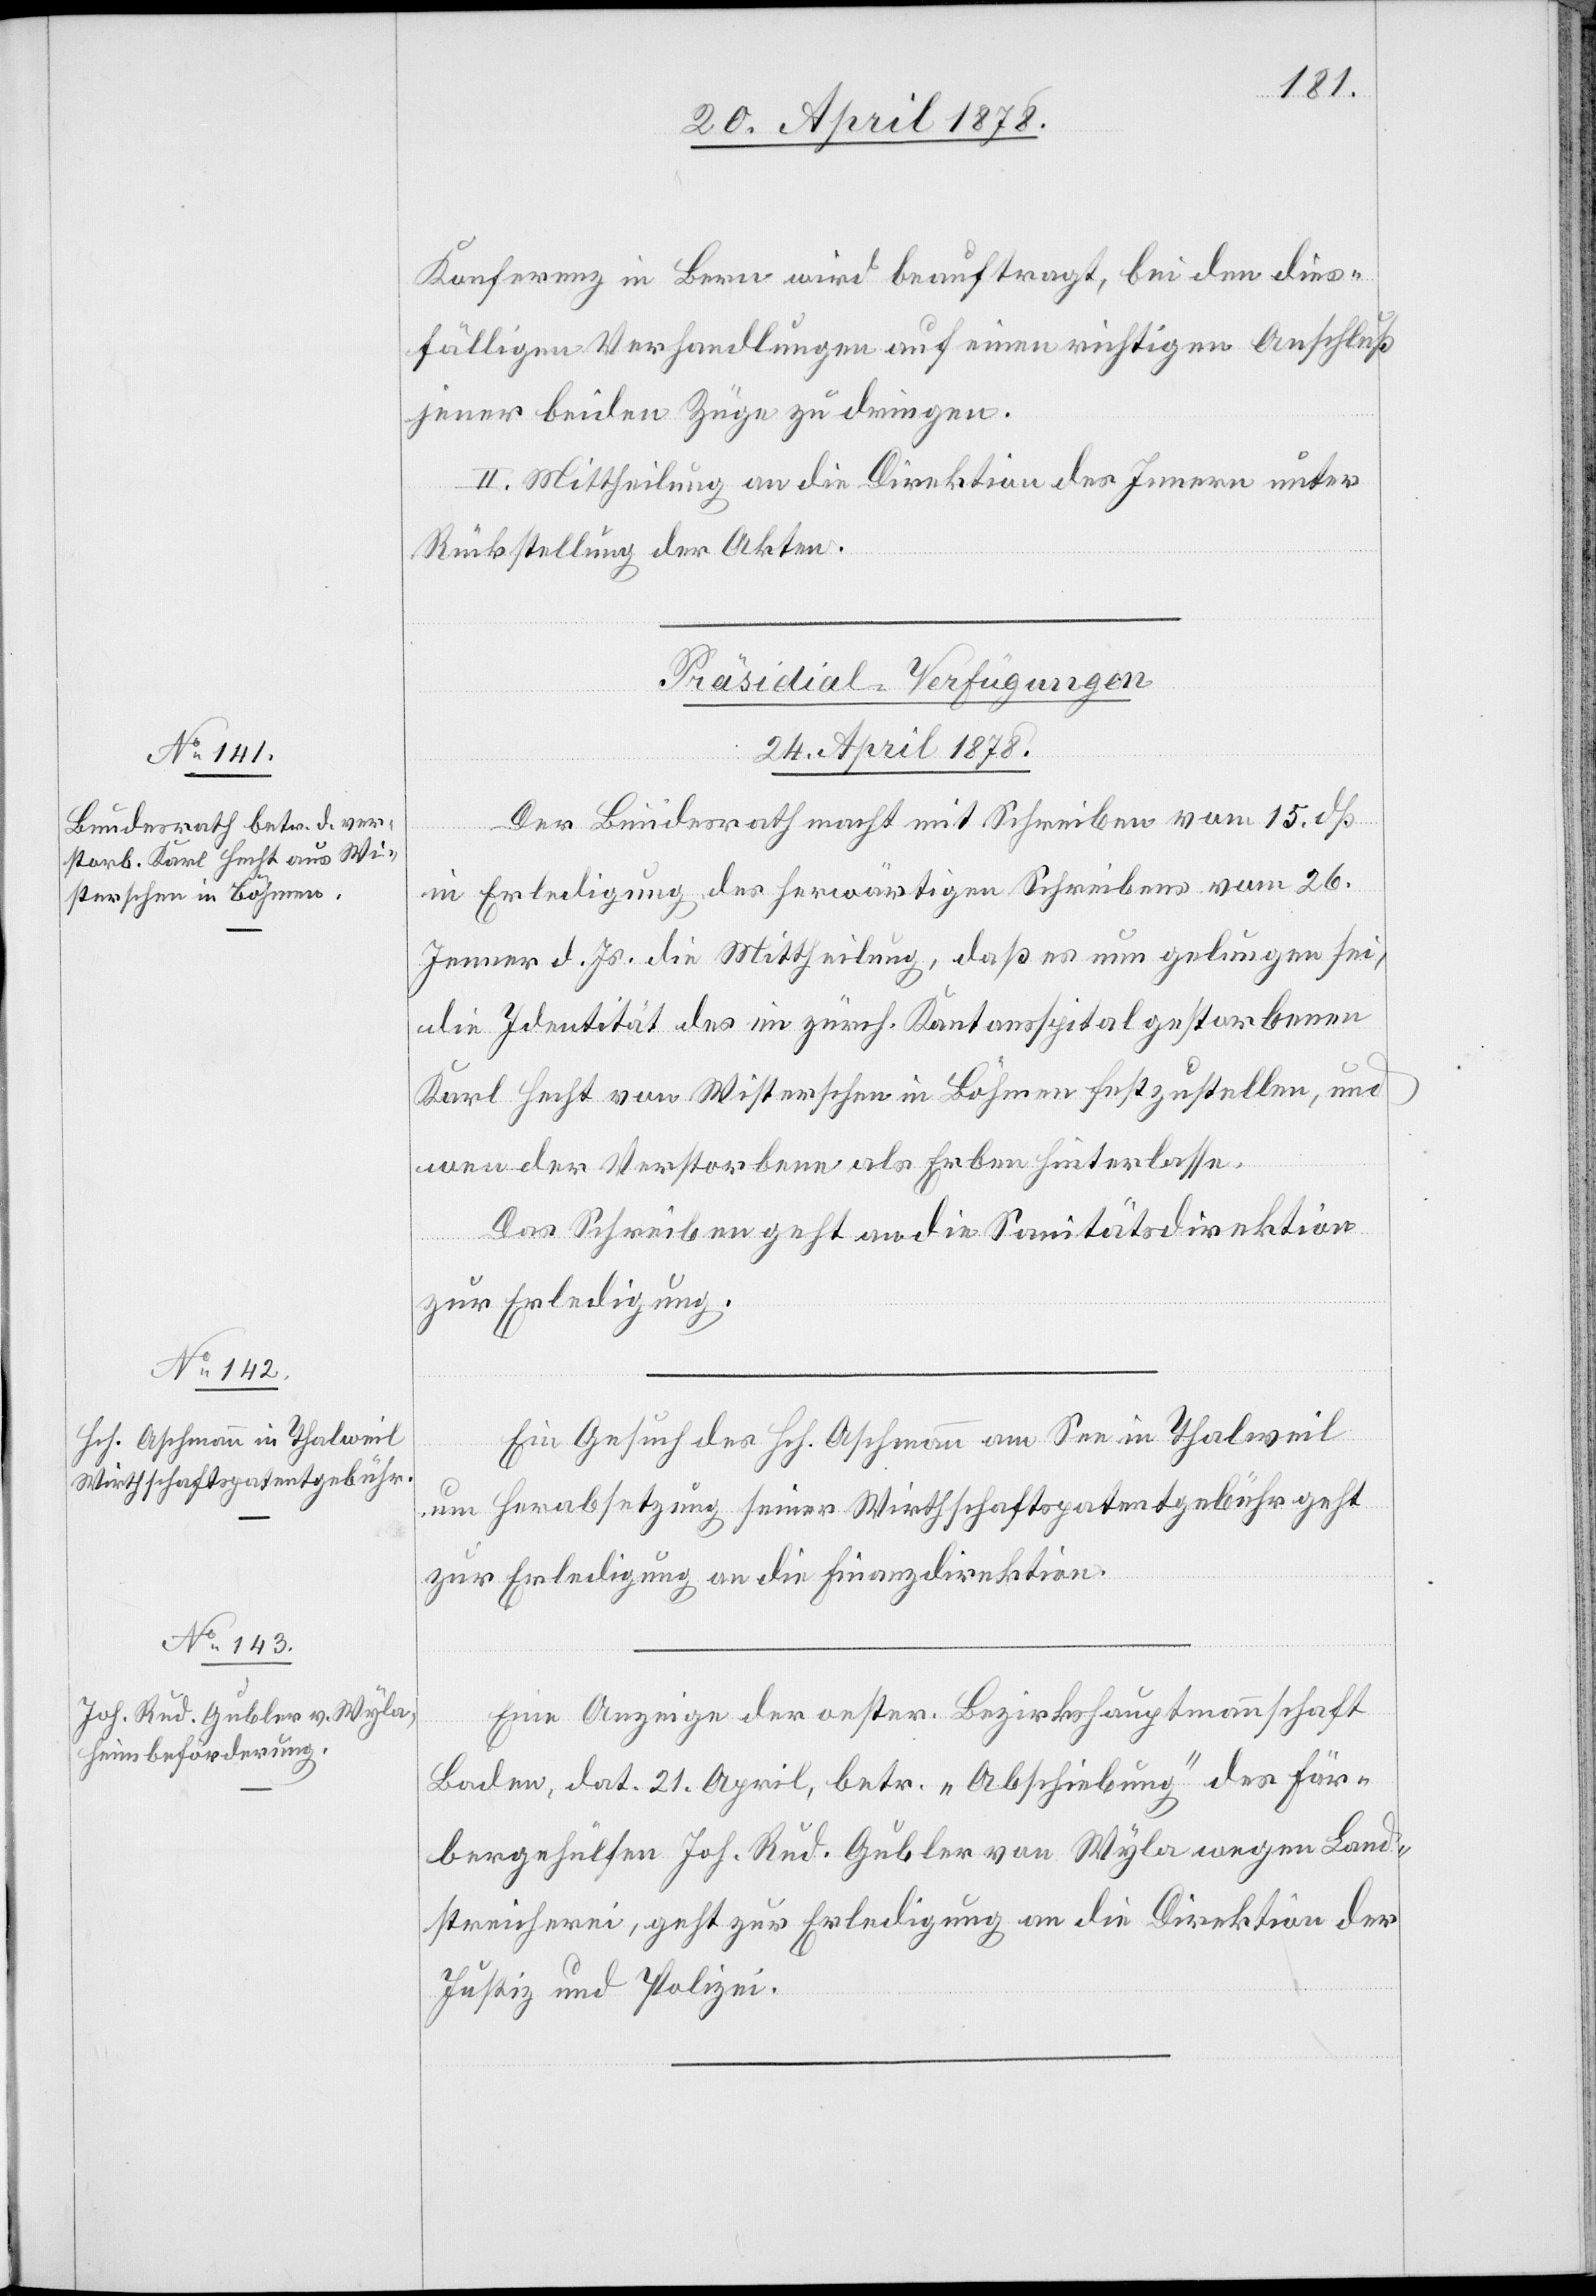
Konferenz in Bern wird beauftragt, bei den dies¬
fälligen Verhandlungen auf einen richtigen Anschluß
jener beiden Züge zu dringen.
II. Mittheilung an die Direktion des Innern unter
Rückstellung der Akten.
[Präsidial-Verfügungen
24. April 1878.]
Der Bundesrath macht mit Schreiben vom 15. dß
in Erledigung des herwärtigen Schreibens vom 26.
Jenner d. Js. die Mittheilung, daß es nun gelungen sei,
die Identität des im zürch. Kantonsspital gestorbenen
Karl Hecht von Wisterschen in Böhmen festzustellen, und
wen der Verstorbene als Erben hinterlasse.
Das Schreiben geht an die Sanitätsdirektion
zur Erledigung.
Ein Gesuch des Hch. Aschmann am See in Thalweil
um Herabsetzung seiner Wirtschaftspatentgebühr geht
zur Erledigung an die Finanzdirektion.
Eine Anzeige der oester. Bezirkshauptmannschaft
Baden, dat. 21. April, betr. „Abschiebung“ des Fär¬
bergehülfen Joh. Rud. Gubler von Wyla wegen Land¬
streicherei, geht zur Erledigung an die Direktion der
Justiz und Polizei.